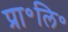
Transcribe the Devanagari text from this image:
प्रा॰लि॰